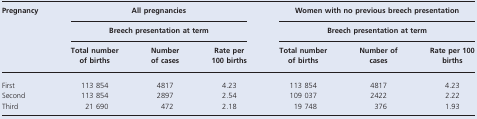
| Pregnancy | <COLSPAN=3> All pregnancies | <COLSPAN=3> Women with no previous breech presentation |
 |  | <COLSPAN=3> Breech presentation at term | <COLSPAN=3> Breech presentation at term |
 |  | Total number of births | Number of cases | Rate per 100 births | Total number of births | Number of cases | Rate per 100 births |
 | --- | --- | --- | --- | --- | --- | --- |
 | First | 113 854 | 4817 | 4.23 | 113 854 | 4817 | 4.23 |
 | Second | 113 854 | 2897 | 2.54 | 109 037 | 2422 | 2.22 |
 | Third | 21 690 | 472 | 2.18 | 19 748 | 376 | 1.93 |